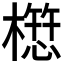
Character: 𭬁